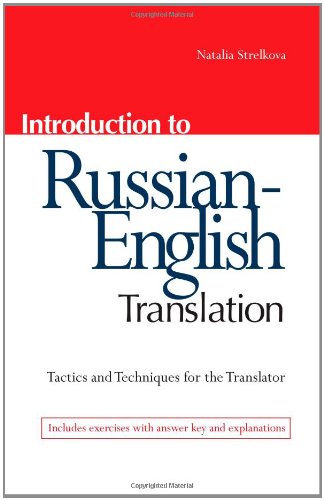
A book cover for Introduction to Russian-English Translation: Tactics and Techniques for the Translator (Russian Edition); Natalia Strelkova; Reference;